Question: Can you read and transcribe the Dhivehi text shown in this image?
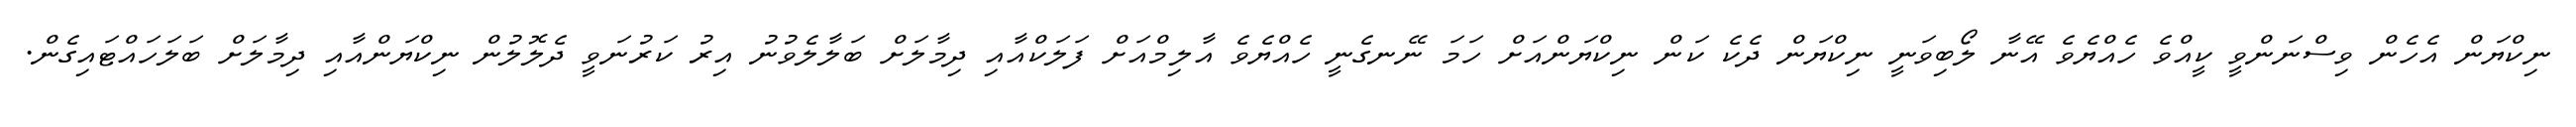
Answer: ނިކްޔަން އެހެން ވިސްނަންވީ ކީއްވެ ހެއްޔެވެ އޭނާ ލޯބިވަނީ ނިކްޔަން ދެކެ ކަން ނިކްޔަންއަށް ހަމަ ނޭނގެނީ ހެއްޔެވެ އާލިމްއަށް ފަލަކްއާއި ދިމާލަށް ބަލާލެވުނު އިރު ކަރުނަވީ ދެލޮލުން ނިކްޔަންއާއި ދިމާލަށް ބަލަހައްޓައިގެން.